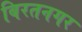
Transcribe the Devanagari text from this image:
बिरतनगर